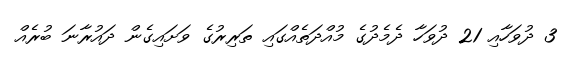
3 ދުވަހާއި 21 ދުވަހާ ދެމެދުގެ މުއްދަތެއްގައި ތަރިރުގެ ވަށައިގެން ދައުރާނަ ބުރެއް